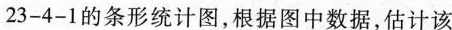
23-4-1的条形统计图，根据图中数据，估计该